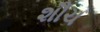
શૌચ